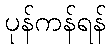
ပုန်ကန်ရန်